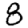
Digit: 8